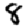
Digit: 8